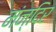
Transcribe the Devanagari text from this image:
मंन्दिर